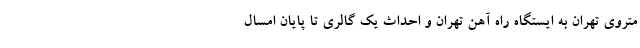
متروی تهران به ایستگاه راه آهن تهران و احداث یک گالری تا پایان امسال